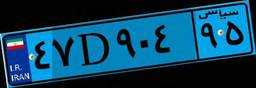
۴۷D۹۰۴۹۵